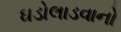
ઘડોલાડવાનો